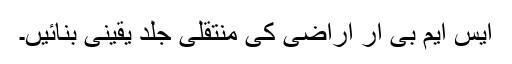
ایس ایم بی آر اراضی کی منتقلی جلد یقینی بنائیں۔